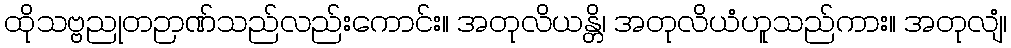
ထိုသဗ္ဗညုတဉာဏ်သည်လည်းကောင်း။ အတုလိယန္တိ၊ အတုလိယံဟူသည်ကား။ အတုလျံ၊